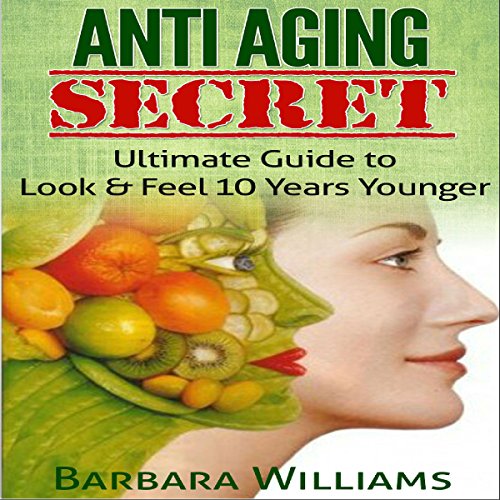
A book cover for Anti-Aging Secret: Ultimate Guide to Look & Feel 10 Years Younger; Barbara Williams; Health, Fitness & Dieting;